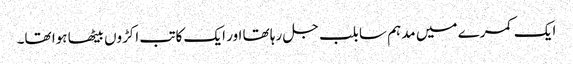
ایک کمرے میں مدہم سا بلب جل رہا تھا اور ایک کاتب اکڑوں بیٹھا ہوا تھا۔